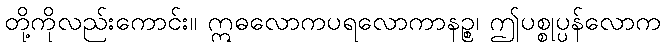
တို့ကိုလည်းကောင်း။ ဣဓလောကပရလောကာနဉ္စ၊ ဤပစ္စုပ္ပန်လောက